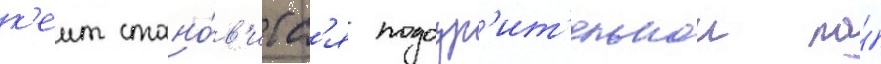
к'еит стано́в'итс'я подозр'ит'ельнои по́